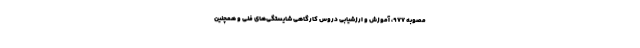
مصوبه ۹۷۷، آموزش و ارزشیابی دروس کارگاهی شایستگی‌های فنی و همچنین